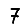
Digit: 7